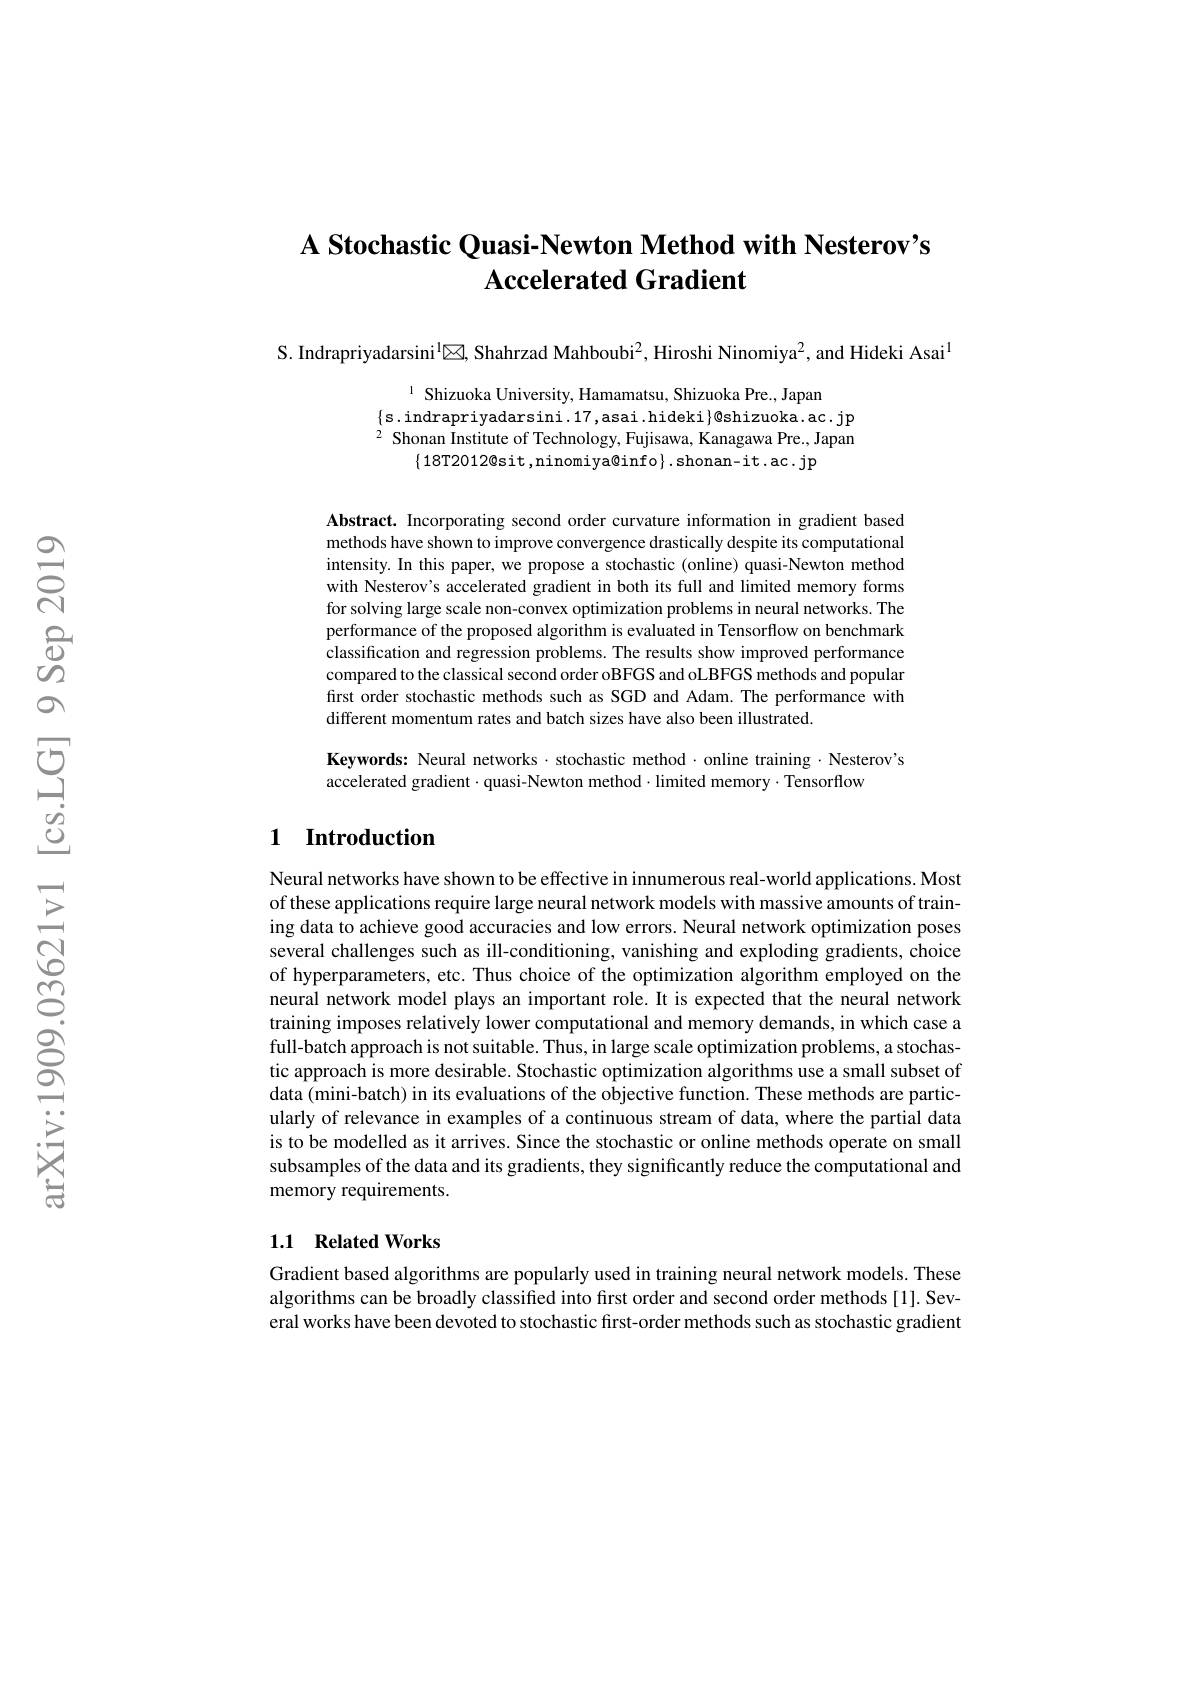
## A Stochastic Quasi-Newton Method with Nesterov's $\textbf{Accelerated Gradient}$

S. Indrapriyadarsini$^{\text{l}\mathrm{a}}$区，Shahrzad Mahboubi$^2$, Hiroshi Ninomiya$^2$, and Hideki Asai$^{1}$

1 Shizuoka University, Hamamatsu, Shizuoka Pre., Japan
$\{$s.indrapriyadarsini.17,asai.hideki$\}$@shizuoka.ac.jp $^{2}$ Shonan Institute of Technology, Fujisawa, Kanagawa Pre., Japan
$\{18$T2012@sit,ninomiya@info$\}.$shonan-it.ac.jp

Abstract. Incorporating second order curvature information in gradient based methods have shown to improve convergence drastically despite its computational intensity. In this paper, we propose a stochastic (online) quasi-Newton method with Nesterov's accelerated gradient in both its full and limited memory forms for solving large scale non-convex optimization problems in neural networks. The performance of the proposed algorithm is evaluated in Tensorflow on benchmark classification and regression problems. The results show improved performance compared to the classical second order oBFGS and oLBFGS methods and popular first order stochastic methods such as SGD and Adam. The performance with different momentum rates and batch sizes have also been illustrated.

Keywords: Neural networks·stochastic method·online training·Nesterov's
accelerated gradient·quasi-Newton method·limited memory·Tensorflow

## 1 Introduction

Neural networks have shown to be effective in innumerous real-world applications. Most of these applications require large neural network models with massive amounts of training data to achieve good accuracies and low errors. Neural network optimization poses several challenges such as ill-conditioning, vanishing and exploding gradients, choice of hyperparameters, etc. Thus choice of the optimization algorithm employed on the neural network model plays an important role. It is expected that the neural network training imposes relatively lower computational and memory demands, in which case a full-batch approach is not suitable. Thus, in large scale optimization problems, a stochastic approach is more desirable. Stochastic optimization algorithms use a small subset of data (mini-batch) in its evaluations of the objective function. These methods are particularly of relevance in examples of a continuous stream of data, where the partial data is to be modelled as it arrives. Since the stochastic or online methods operate on small subsamples of the data and its gradients, they significantly reduce the computational and memory requirements.

## 1.1 Related Works

Gradient based algorithms are popularly used in training neural network models. These algorithms can be broadly classified into first order and second order methods[1]. Several works have been devoted to stochastic first-order methods such as stochastic gradient